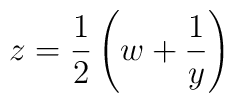
z=\frac{1}{2} \left( w+\frac{1}{y} \right)